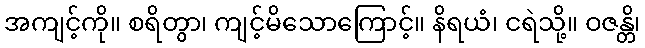
အကျင့်ကို။ စရိတွာ၊ ကျင့်မိသောကြောင့်။ နိရယံ၊ ငရဲသို့။ ဝဇန္တိ၊